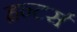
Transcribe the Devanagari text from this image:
हन्टर्स